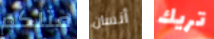
مثلكم أنسان تريك